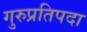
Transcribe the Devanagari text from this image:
गुरुप्रतिपदा